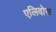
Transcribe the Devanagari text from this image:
एलिवोस